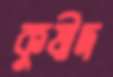
কুষীদ